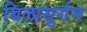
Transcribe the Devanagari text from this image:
बिलासुर्गम